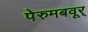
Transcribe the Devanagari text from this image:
पेरुमबवूर्